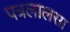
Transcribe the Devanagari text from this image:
पत्रलालसा